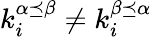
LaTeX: k_{i}^{\alpha\preceq\beta}\neq k_{i}^{\beta\preceq\alpha}